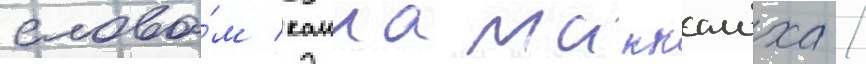
слова́м каила маккалоха /